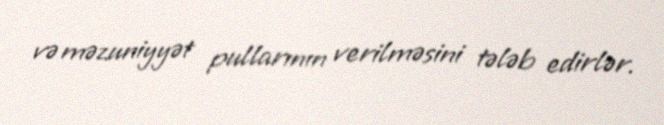
və məzuniyyət pullarının verilməsini tələb edirlər.